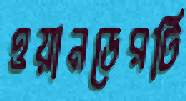
ওয়ানডেরটি